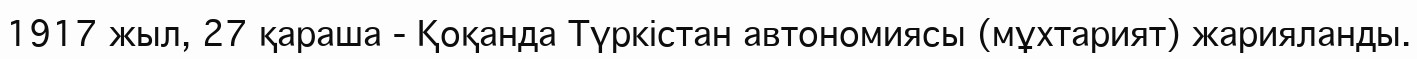
1917 жыл, 27 қараша - Қоқанда Түркістан автономиясы (мұхтарият) жарияланды.